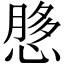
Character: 𫺲